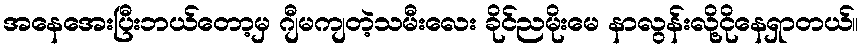
အနေအေးပြီးဘယ်တော့မှ ဂျီမကျတဲ့သမီးလေး ခိုင်ညမိုးမေ နာလွန်းလို့ငိုနေရှာတယ်။